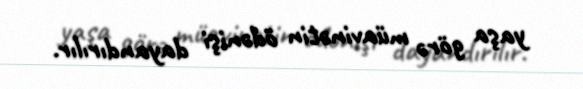
yaşa görə müavinətin ödənişi dayandırılır.